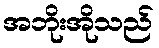
အဘိုးအိုသည်